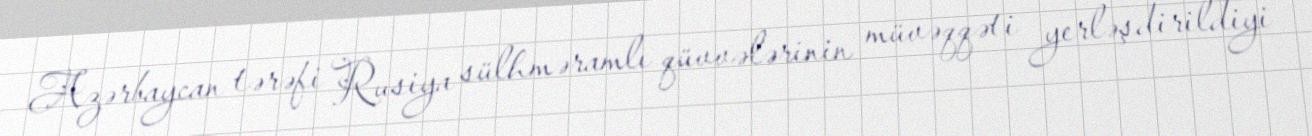
Azərbaycan tərəfi Rusiya sülhməramlı qüvvələrinin müvəqqəti yerləşdirildiyi